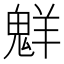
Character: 𫙊